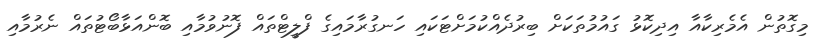
މިގޮތުން އެމެރިކާއާ އިދިކޮޅު ގައުމުތަކަށް ބިރުދެއްކުމަށްޓަކައި ހަނގުރާމައިގެ ފްލީޓްތައް ފޮނުވުމާއި ބޮންއަޅާބޯޓުތައް ނެރުމާއި